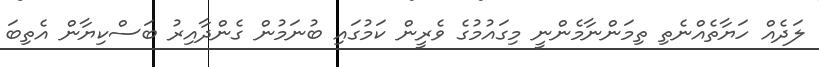
ލަދެއް ހަޔާތެއްނެތި ތިމަންނާމެންނީ މިގައުމުގެ ވެރީން ކަމުގައި ބުނަމުން ގެންދާއިރު ބަސްކިޔާން އެތިބަ